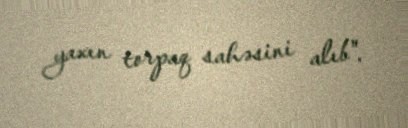
yaxın torpaq sahəsini alıb".